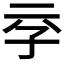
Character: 𰌞